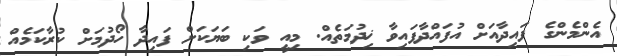
އެންމެންގެ ފައިދާއަށް އުފައްދާފައިވާ ޚިދުމަތެއް. މިއީ ވަކި ބަޔަކަށް ފައިދާ ހޯދުމަށް ކުރާކަމެއް